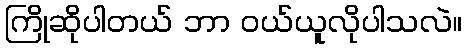
ကြိုဆိုပါတယ် ဘာ ဝယ်ယူလိုပါသလဲ။